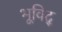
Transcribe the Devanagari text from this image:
भूविद्